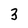
Character: 3